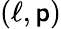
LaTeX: (\ell,\mathsf{p})